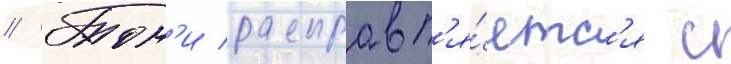
// Тон'и расправл'я́етс'я с